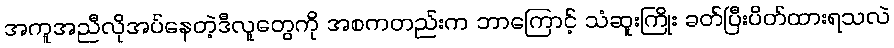
အကူအညီလိုအပ်နေတဲ့ဒီလူတွေကို အစကတည်းက ဘာကြောင့် သံဆူးကြိုး ခတ်ပြီးပိတ်ထားရသလဲ